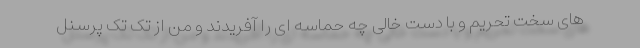
های سخت تحریم و با دست خالی چه حماسه ای را آفریدند و من از تک تک پرسنل